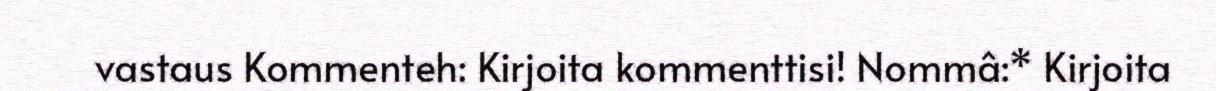
vastaus Kommenteh: Kirjoita kommenttisi! Nommâ:* Kirjoita